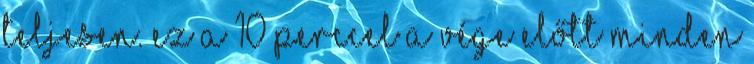
teljesen. Ez a 10 perccel a vége előtt minden